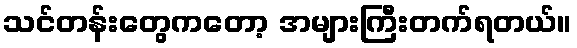
သင်တန်းတွေကတော့ အများကြီးတက်ရတယ်။